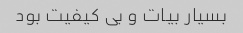
بسیار بیات و بی کیفیت بود